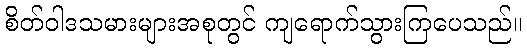
စိတ်ဝါဒသမားများအစုတွင် ကျရောက်သွားကြပေသည်။